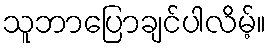
သူဘာပြောချင်ပါလိမ့်။